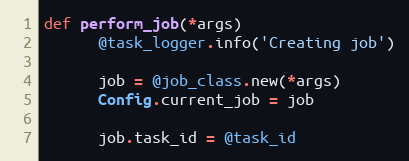
Language: Ruby
def perform_job(*args)
      @task_logger.info('Creating job')

      job = @job_class.new(*args)
      Config.current_job = job

      job.task_id = @task_id